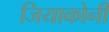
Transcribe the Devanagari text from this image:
जियाकोनी